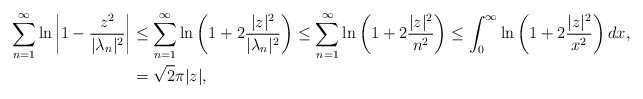
\begin{align*} \displaystyle\sum_{n=1}^\infty \ln\left|1-\frac{z^2}{|\lambda_n|^2}\right|&\leq \displaystyle\sum_{n=1}^\infty \ln\left(1+2\frac{|z|^2}{|\lambda_n|^2}\right)\leq \displaystyle\sum_{n=1}^\infty \ln\left(1+2\frac{|z|^2}{n^2}\right)\leq \int_{0}^{\infty}\ln\left(1+2\frac{|z|^2}{x^2}\right)dx,\\ &=\sqrt{2}\pi|z|,\end{align*}